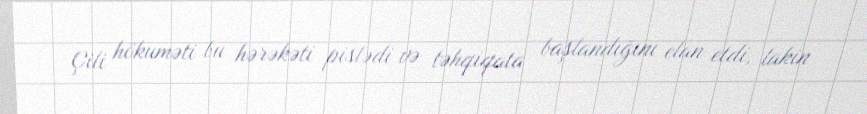
Çili hökuməti bu hərəkəti pislədi və təhqiqata başlandığını elan etdi, lakin